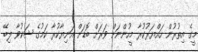
މީގެ އިތުރުން ހައްޔަރުކުރާ މީހުންނަށް ވަރަށް ބޮޑަށް އަނިޔާކުރާ ކަމުގެ ޝަކުވާ ލިބޭ